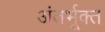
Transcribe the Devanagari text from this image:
अंतर्भूक्त